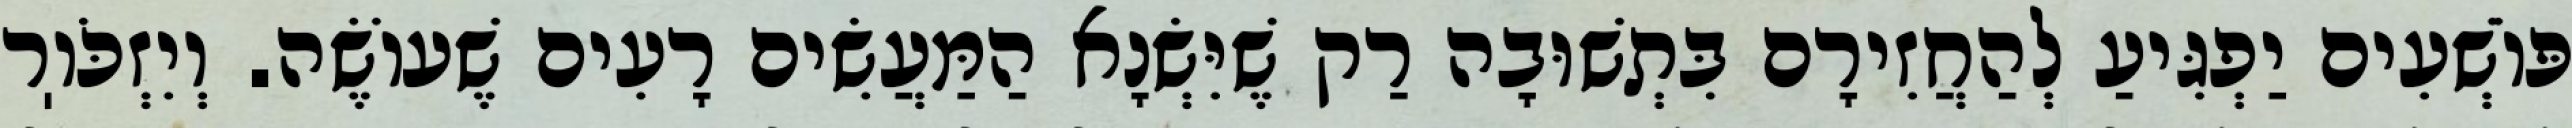
פּוֹשְׁעִים יַפְגִּיעַ לְהַחֲזִירָם בִּתְשׁוּבָה רַק שֶׁיִּשְׂנָא הַמַּעֲשִׂים רָעִים שֶׁעוֹשֶׂה. וְיִזְכֹּוֽר